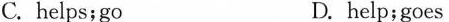
C. helps；go D. help；goes